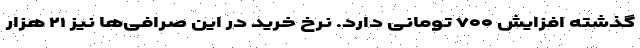
گذشته افزایش ۷۰۰ تومانی دارد. نرخ خرید در این صرافی‌ها نیز ۲۱ هزار